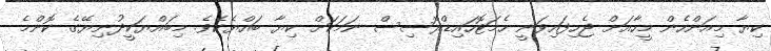
ކިޔާ މިއަންހެން މީހާއަށް ޖެހިފައިވަނީ ހެމަޓޮހައިޑްރޮސިސް ނަމަކަށް ކިޔާ ބައްޔެކެވެ. މިބައްޔަކީދުނިޔޭގެ ކޮންމެ